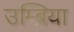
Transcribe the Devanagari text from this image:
उम्ब्रिया